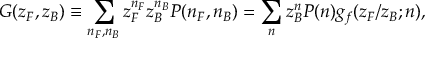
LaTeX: G ( z _ { F } , z _ { B } ) \equiv \sum _ { n _ { F } , n _ { B } } z _ { F } ^ { n _ { F } } z _ { B } ^ { n _ { B } } P ( n _ { F } , n _ { B } ) = \sum _ { n } z _ { B } ^ { n } P ( n ) g _ { f } ( z _ { F } / z _ { B } ; n ) ,